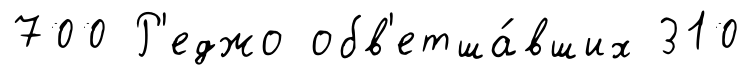
700 Р'еджо обв'етша́вших 310